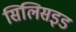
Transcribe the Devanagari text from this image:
सिलिसइड